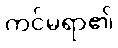
ကင်မရာ၏